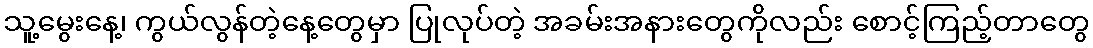
သူ့မွေးနေ့၊ ကွယ်လွန်တဲ့နေ့တွေမှာ ပြုလုပ်တဲ့ အခမ်းအနားတွေကိုလည်း စောင့်ကြည့်တာတွေ